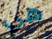
هي